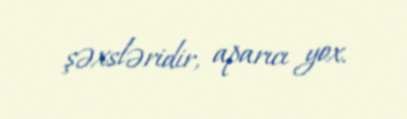
şəxsləridir, aparıcı yox.